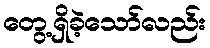
တွေ့ရှိခဲ့သော်လည်း